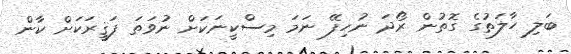
ބަލި ހާލަތުގެ ގޮތުން ރޯދަ ނުހިފޭ ނަމަ މިސްކީނަކަށް ނުވަތަ ފަޤީރަކަށް ކާން